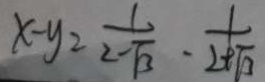
x - y = \frac { 1 } { 2 - \sqrt { 3 } } - \frac { 1 } { 2 + \sqrt { 3 } }